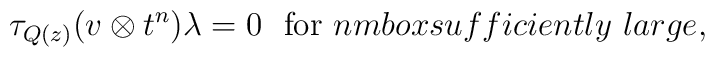
\tau_{Q(z)}(v \otimes t^n)\lambda = 0 \ \ \mbox{for}\ n \\mbox{sufficiently\ large},